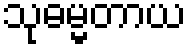
သုဓမ္မတာယ